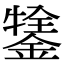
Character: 𨪔